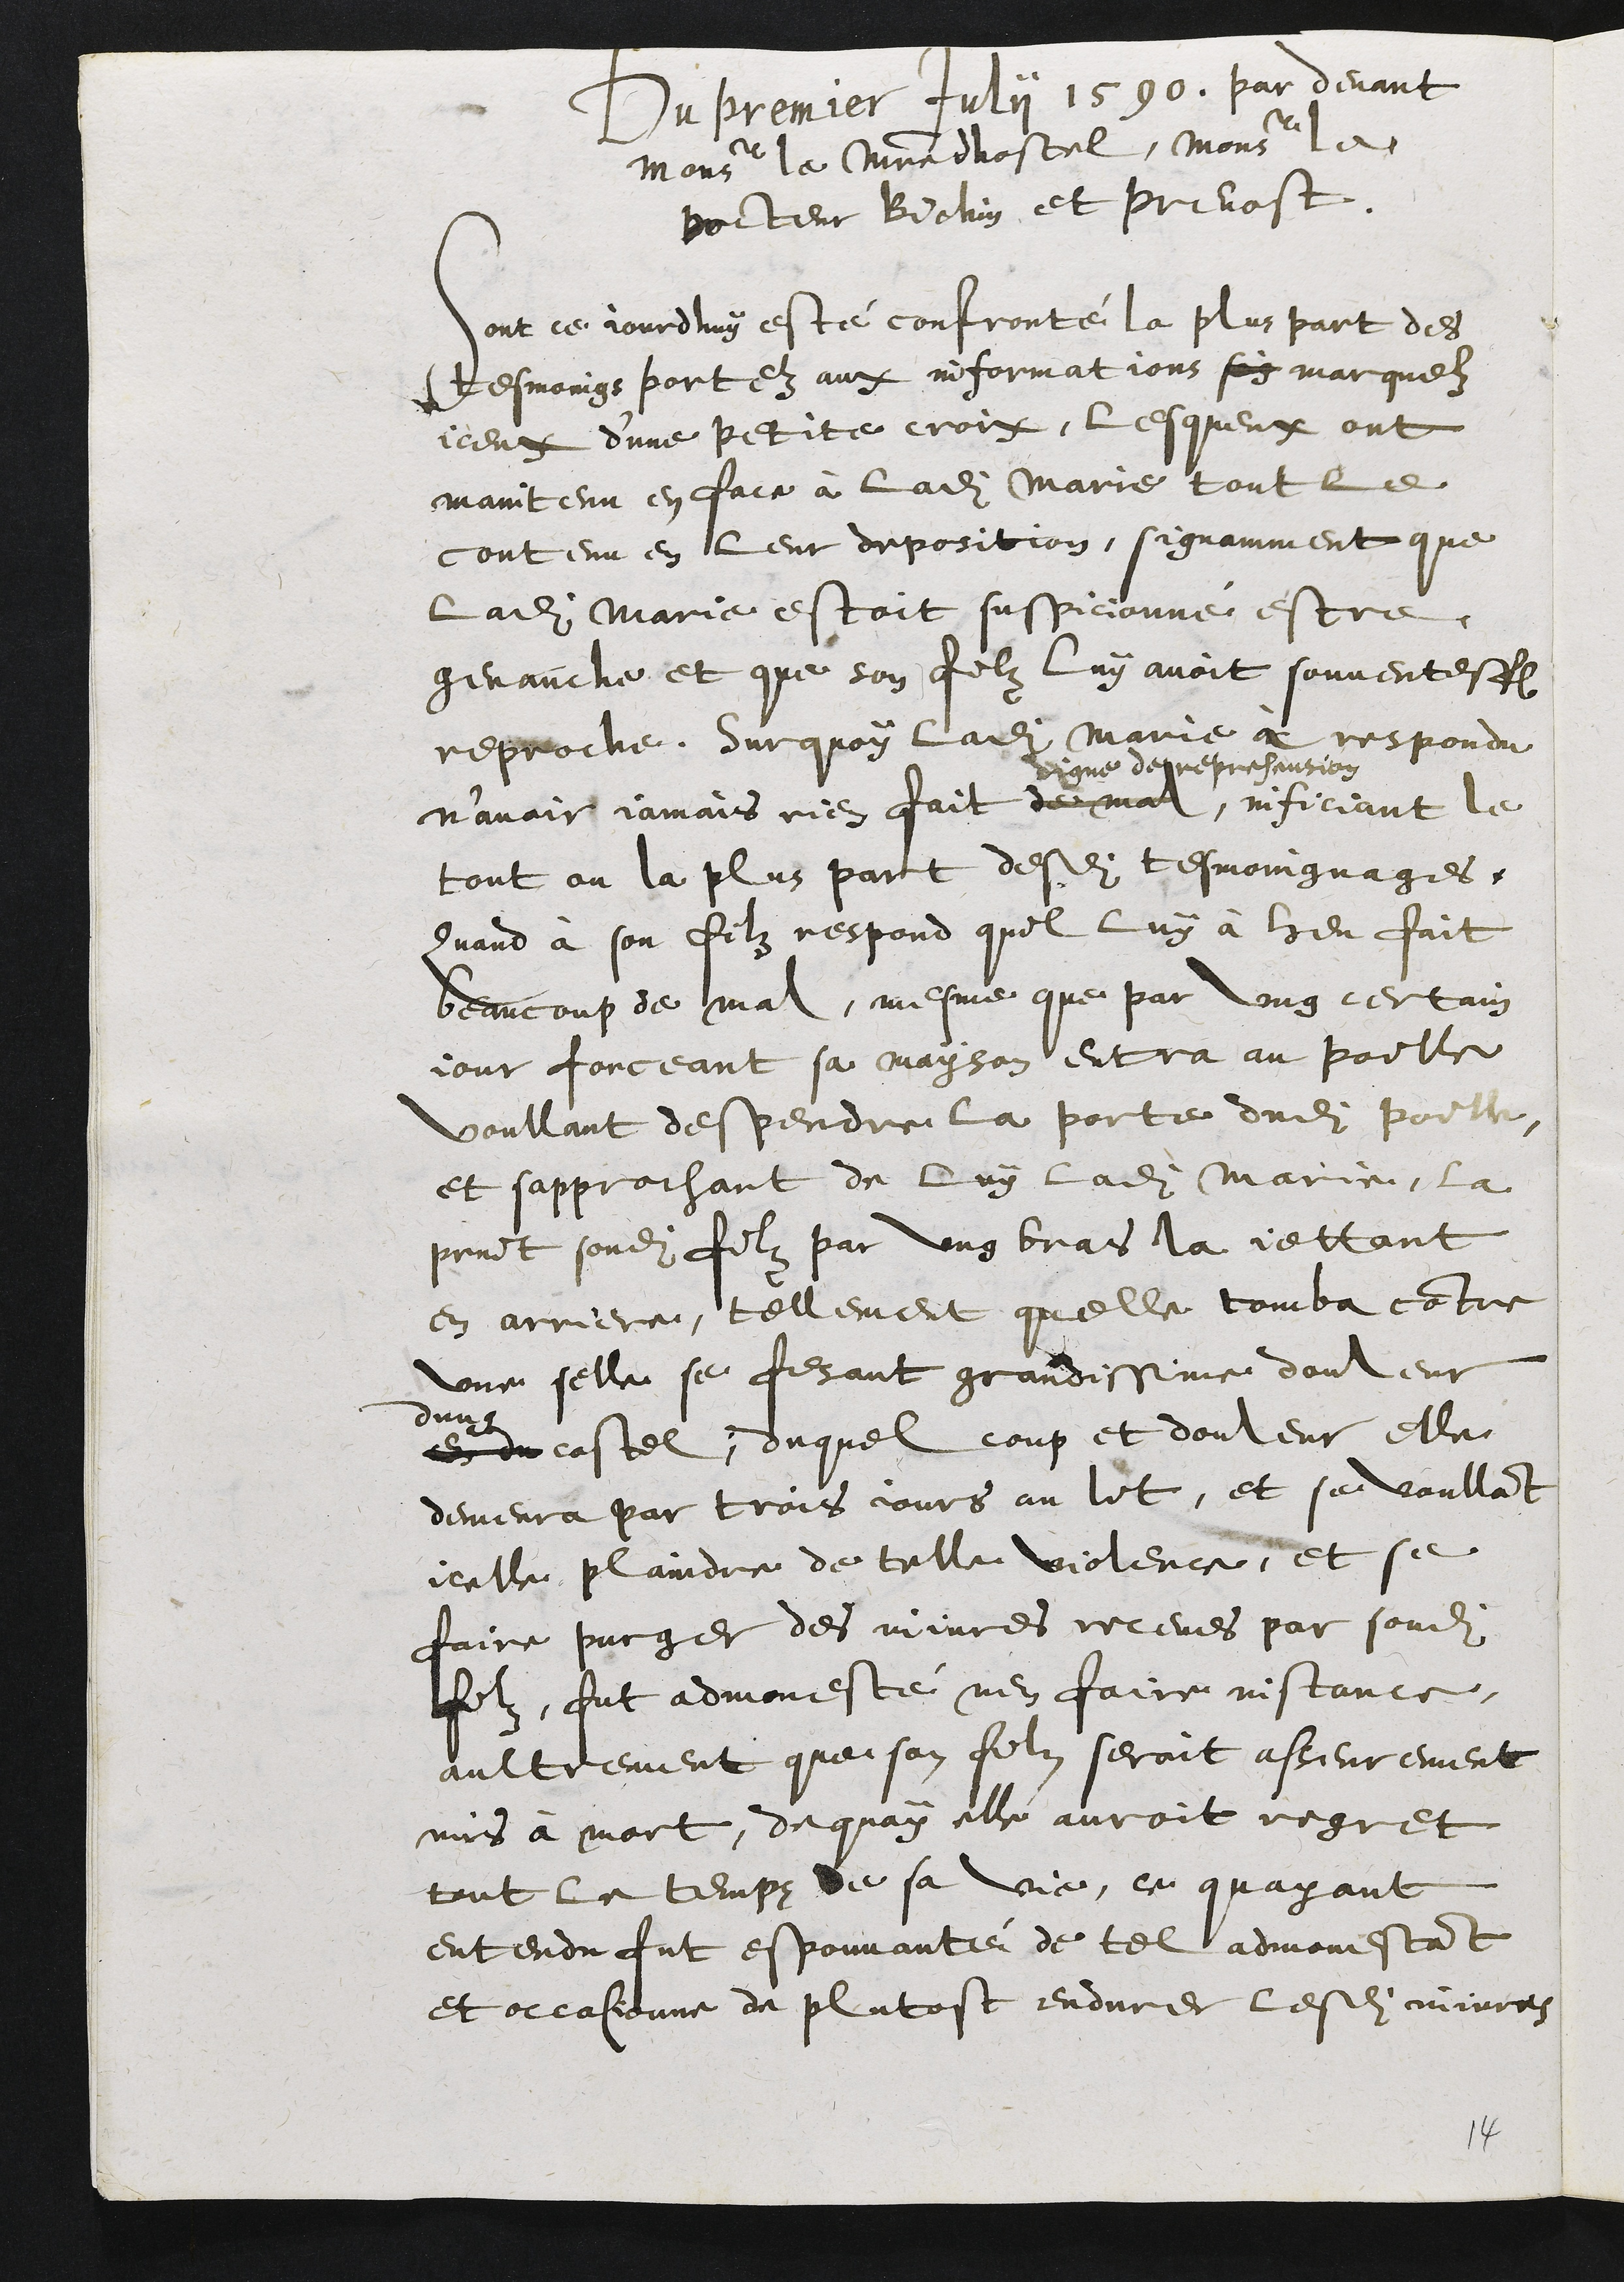
Dn premcer tutji 1590. par devant
Monsieur la Cine dostel, Monsieur le
voltere Biehin et prichost.
sont ce jourdiy esté confronté la plus part des
tesmoings port en aux neformat ions soy marquelz
iceux dune petite crois, lesqueux ont
maintenu en faie à ladite Marie tout le
contenu en leur deposition, signamment que
ladite Marie estoit suspicionne estre
genauche et que son felz luy avoit souventesfls
reproché, Surquoy ladite Marie a respondu
n’avoir jamais rien fait demal,
vigne demerehaution
inficiant le
tout ou la plus part desdits tesmoingnages.
Quand a son filz respond quel luy à heu fait
beancoup de mal, mesme que par ung certain
jour forceant sa mayson eutra au poille
voullant despendre la porte dudit portte
et sapprochant de luy ladite Marie, la
print sondit filz par ung bras la jettant
en arriere, tellement quelle tomba cotre
une selle se fesant grandissime douleur
dun
en en cestel, duquel coup et douleur elle
demeura par trois cours au lit, et se voullant
iealle plaindre de telle violense, et se
faire purger des minces roceves par sondit
filz, fut admonesté nen faire nistance,
aultrement queson fils seroit asseurement
mis à mort, dt quay elle auroit vege et
tout le tempp de sa vie, ce quayant
entendu fut esponvante de tel admonstant
et occasienne de plutost endurer lesdits minras